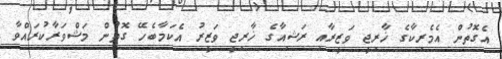
އެގޮތުން އެމެރިކާގެ ޚާރިޖީ ވަޒީރާއި ރަޝިއާގެ ޚާރިޖީ ވަޒީރު އެކަމާބެހޭ ގޮތުން މަޝްވަރާކުރައްވާ